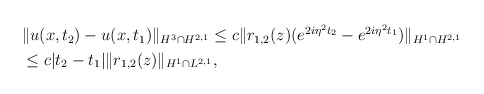
\begin{align*}\begin{aligned}&\|u(x,t_2 )-u(x,t_1 )\|_{H^3\cap H^{2,1}} \leq c\|r_{1,2}( z)(e^{2i\eta^2 t_2}-e^{2i\eta^2 t_1})\|_{H^1\cap H^{2,1}}\\&\leq c|t_2-t_1| \|r_{1,2}(z)\|_{H^1\cap L^{2,1}},\end{aligned}\end{align*}